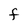
Character: F